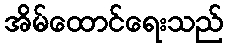
အိမ်ထောင်ရေးသည်